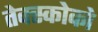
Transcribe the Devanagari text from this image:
तेक्स्कोको